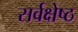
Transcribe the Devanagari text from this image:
सर्वक्षेष्ठ